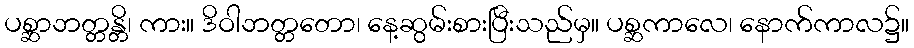
ပစ္ဆာဘတ္တန္တိ၊ ကား။ ဒိဝါဘတ္တတော၊ နေ့ဆွမ်းစားပြီးသည်မှ။ ပစ္ဆကာလေ၊ နောက်ကာလ၌။